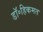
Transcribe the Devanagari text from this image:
डॉ॰हिकमत